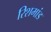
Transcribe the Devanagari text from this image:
रिशमांड